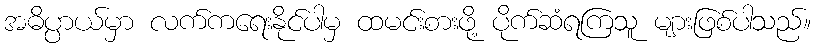
အဓိပ္ပာယ်မှာ လက်ကရေးနိုင်ပါမှ ထမင်းစားဖို့ ပိုက်ဆံရကြသူ များဖြစ်ပါသည်။